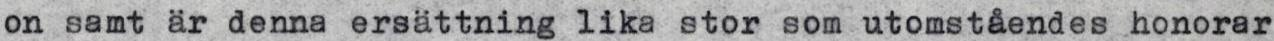
on samt är denna ersättning lika stor som utomståendes honorar